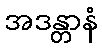
အဒန္တာနံ